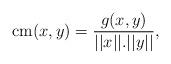
LaTeX: \begin{align*} \mathrm{cm}(x,y) = \frac{g(x,y)}{||x||.||y||},\end{align*}